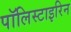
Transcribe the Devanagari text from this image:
पॉलिस्टाइरिन